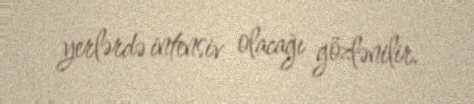
yerlərdə intensiv olacağı gözlənilir.